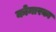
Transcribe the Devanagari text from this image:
कोनारका